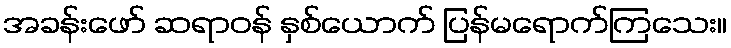
အခန်းဖော် ဆရာဝန် နှစ်ယောက် ပြန်မရောက်ကြသေး။